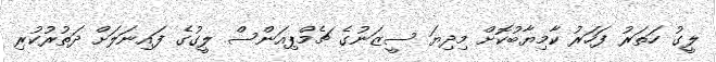
ލީގު ހަތަރު ފަހަރު ކާމިޔާބުކޮށް މިދިޔަ ސީޒަނުގެ ޗެމްޕިއަންސް ލީގުގެ ފައިނަލަށް ދަތުރުކުރި